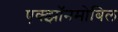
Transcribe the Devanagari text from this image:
एक्झॉनमोबिल